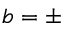
b = \pm